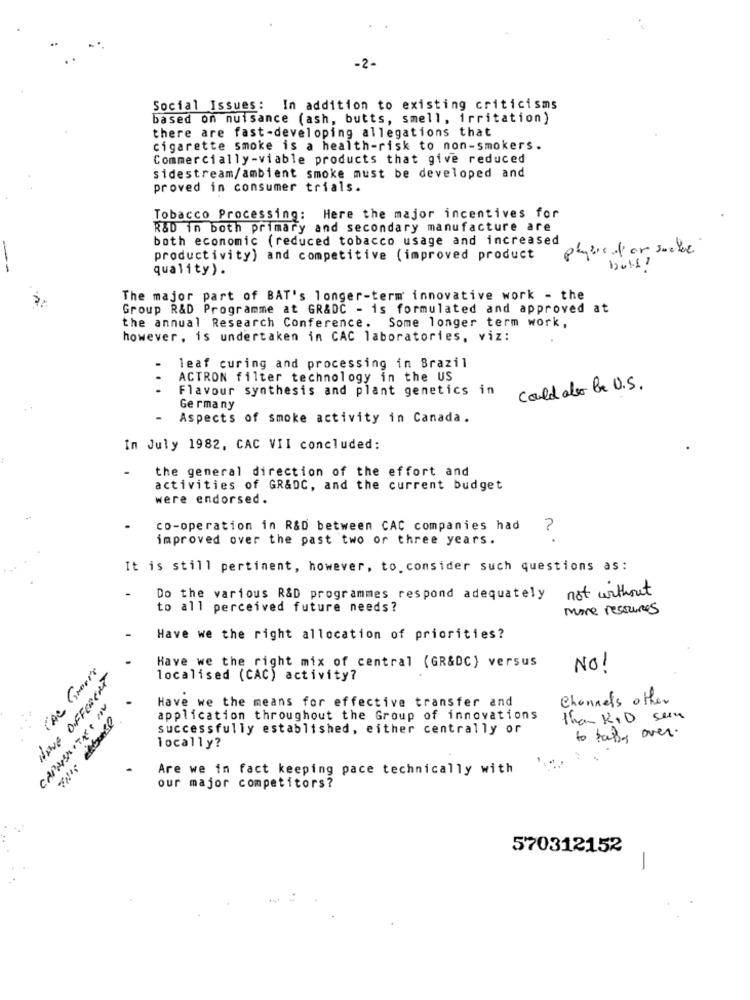
-2-
Social Issues: In addition to existing criticisms
based on nuisance (ash, butts, smell, irritation)
there are fast-developing allegations that
cigarette smoke is a health-risk to non-smokers.
Commercially-viable products that give reduced
sidestream/ambient smoke must be developed and
proved in consumer trials.
Tobacco Processing: Here the major incentives for
R&D in both primary and secondary manufacture are
both economic (reduced tobacco usage and increased
physic for suche
productivity) and competitive (improved product
quality).
The major part of BAT's longer-term innovative work - the
Group R&D Programme at GR&DC - is formulated and approved at
the annual Research Conference. Some longer term work,
however, is undertaken in CAC laboratories, viz:
leaf curing and processing in Brazil
ACTRON filter technology in the US
...
Flavour synthesis and plant genetics in
Could alo Be U.S.
Germany
Aspects of smoke activity in Canada .
In July 1982, CAC VII concluded:
the general direction of the effort and
activities of GR&DC, and the current budget
were endorsed.
co-operation in R&D between CAC companies had
?
improved over the past two or three years.
It is still pertinent, however, to. consider such questions as:
not without
Do the various R&D programmes respond adequately
to all perceived future needs?
more resources
.
Have we the right allocation of priorities?
L'AC Groene
Have we the right mix of central (GR&DC) versus
NO!
HAVE DIFFERENT
localised (CAC) activity?
Have we the means for effective transfer and
Channels other
application throughout the Group of innovations
than KID sen
successfully established, either centrally or
locally?
to taky over.
Are we in fact keeping pace technically with
our major competitors?
570312152
-